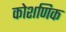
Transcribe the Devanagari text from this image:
कोशणिक